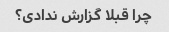
چرا قبلا گزارش ندادی؟